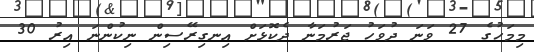
މިމަހުގެ 27 ވަނަ ދުވަހު ޖަރުމަނާ ދެކޮޅަށް އިނގިރޭސިން ނިކުންނަ އިރު 30